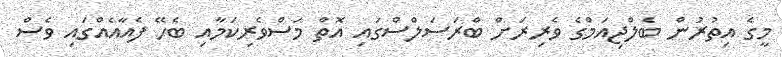
މީގެ އިތުރުން ބެލްޖިއަމްގެ ވެރިރަށް ބްރަސަލްސްގައި އޮތް މަސްވެރިކަމާއި ބެހޭ ފެއާއެއްގައި ވެސް